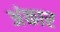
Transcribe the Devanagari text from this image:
अंकार